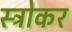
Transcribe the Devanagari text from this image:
स्ट्रोकर